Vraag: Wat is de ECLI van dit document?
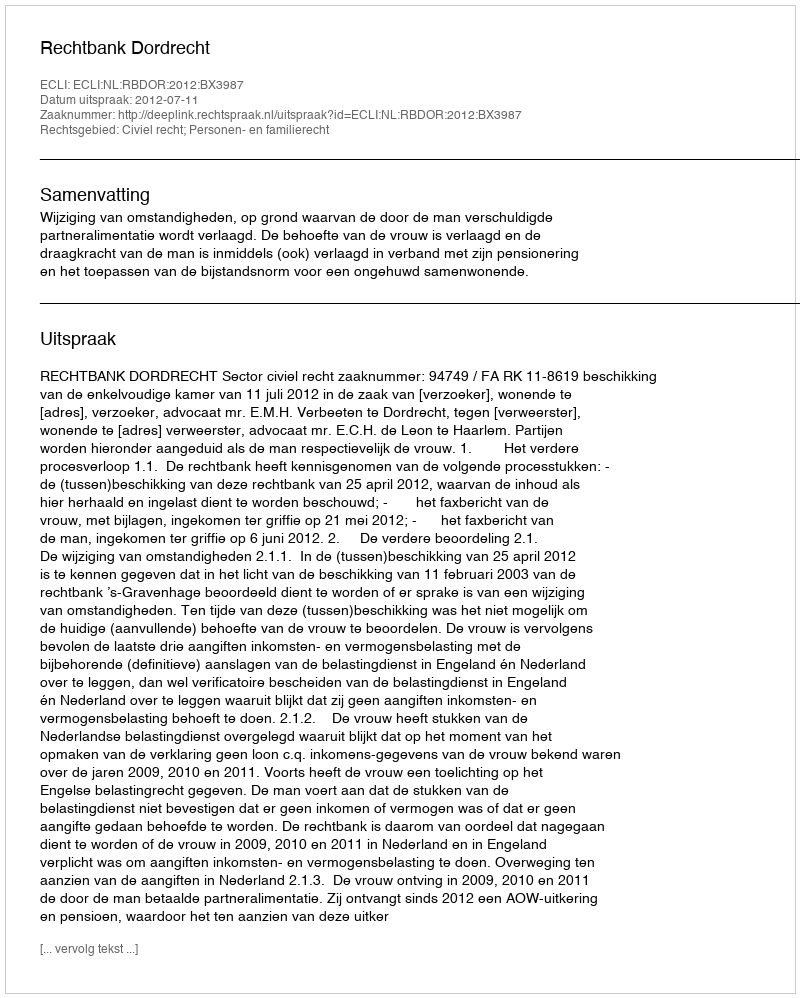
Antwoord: ECLI:NL:RBDOR:2012:BX3987